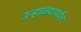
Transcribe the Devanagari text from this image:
उन्हाळ्यापर्यंत